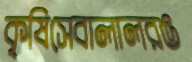
কৃষিসেবালালরঙ